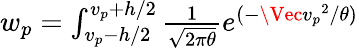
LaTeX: \begin{array}{r}{w_{p}=\int_{v_{p}-h/2}^{v_{p}+h/2}\frac{1}{\sqrt{2\pi\theta}}e^{(-\Vec{v_{p}}^{2}/\theta)}}\end{array}